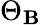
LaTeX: \Theta_{\mathbf{B}}